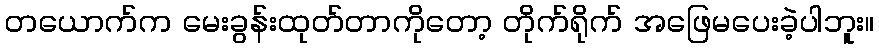
တယောက်က မေးခွန်းထုတ်တာကိုတော့ တိုက်ရိုက် အဖြေမပေးခဲ့ပါဘူး။